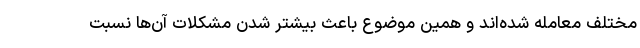
مختلف معامله شده‌اند و همین موضوع باعث بیشتر شدن مشکلات آن‌ها نسبت